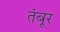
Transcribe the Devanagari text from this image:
तंबूर